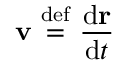
\mathbf { v } \ { \stackrel { \mathrm { d e f } } { = } } \ { \frac { \mathrm { d } \mathbf { r } } { \mathrm { d } t } }